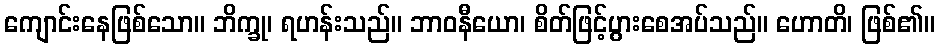
ကျောင်းနေဖြစ်သော။ ဘိက္ခု၊ ရဟန်းသည်။ ဘာဝနီယော၊ စိတ်ဖြင့်ပွားစေအပ်သည်။ ဟောတိ၊ ဖြစ်၏။